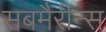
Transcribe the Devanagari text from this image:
सबमैरीन्स